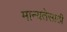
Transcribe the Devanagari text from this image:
मान्यतेसाठी